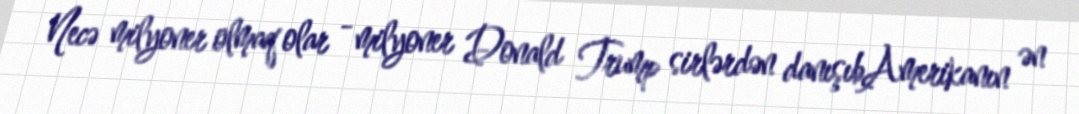
Necə milyoner olmaq olar - milyoner Donald Trump sirlərdən danışıbAmerikanın ən